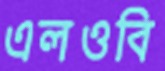
এলওবি